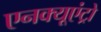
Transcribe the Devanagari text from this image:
एनक्यूएंट्रो